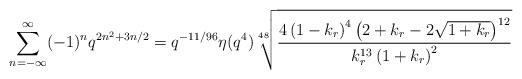
LaTeX: \begin{align*}\sum^{\infty}_{n=-\infty}(-1)^nq^{2n^2+3n/2}=q^{-11/96}\eta(q^4)\sqrt[48]{\frac{4\left(1-k_r\right)^4\left(2+k_r-2\sqrt{1+k_r}\right)^{12}}{k_r^{13}\left(1+k_r\right)^2}}\end{align*}